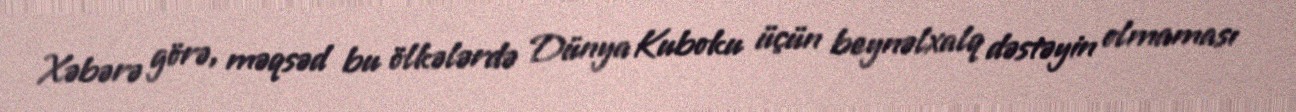
Xəbərə görə, məqsəd bu ölkələrdə Dünya Kuboku üçün beynəlxalq dəstəyin olmaması